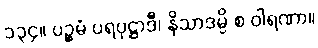
၁၃၄။ ပဉ္စမံ ပရပုဋ္ဌာဒီ၊ နိသာဒမ္ပိ စ ဝါရဏာ။